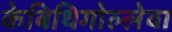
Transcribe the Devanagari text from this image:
केबिथिगोल्लेवा